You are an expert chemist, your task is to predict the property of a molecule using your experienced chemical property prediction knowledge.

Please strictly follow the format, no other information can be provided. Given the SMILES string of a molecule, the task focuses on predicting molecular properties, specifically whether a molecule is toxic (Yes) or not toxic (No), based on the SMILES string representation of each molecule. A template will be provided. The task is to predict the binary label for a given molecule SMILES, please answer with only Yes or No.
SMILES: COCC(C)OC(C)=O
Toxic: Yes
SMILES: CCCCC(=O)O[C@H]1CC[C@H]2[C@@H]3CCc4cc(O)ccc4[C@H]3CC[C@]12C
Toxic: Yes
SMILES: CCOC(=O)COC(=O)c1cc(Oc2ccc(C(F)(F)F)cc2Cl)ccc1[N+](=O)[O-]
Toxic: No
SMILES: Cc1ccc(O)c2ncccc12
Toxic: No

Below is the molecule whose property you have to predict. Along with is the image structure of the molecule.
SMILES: CCN(Cc1cccc(S(=O)(=O)O)c1)c1ccccc1
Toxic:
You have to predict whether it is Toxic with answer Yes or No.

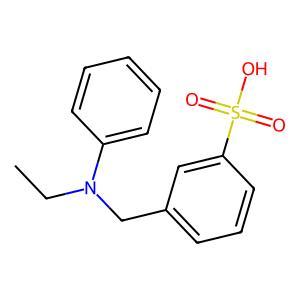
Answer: No